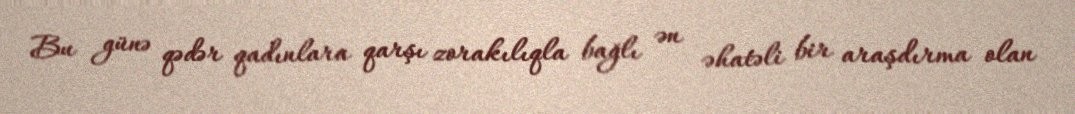
Bu günə qədər qadınlara qarşı zorakılıqla bağlı ən əhatəli bir araşdırma olan